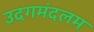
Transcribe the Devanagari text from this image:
उदगमंदलम